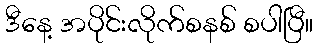
ဒီနေ့ အပိုင်းလိုက်စနစ် စပါပြီ။